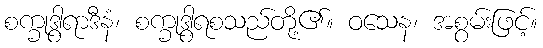
စက္ခုဒွါရာဒီနံ၊ စက္ခုဒွါရစသည်တို့၏။ ဝသေန၊ အစွမ်းဖြင့်။